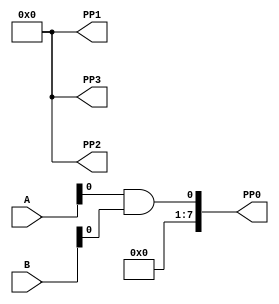
module shift_zero_padding(A,B,PP0,PP1,PP2,PP3);
    
    input [3:0]A;
    input [3:0]B;
    output[7:0] PP0;
    output[7:0] PP1;
    output[7:0] PP2;
    output[7:0] PP3;
    wire [3:0] and_out;
    assign and_out[0] = A & B[0];
    assign and_out[1] = A & B[1];
    assign and_out[2] = A & B[2];
    assign and_out[3] = A & B[3];
    //wire [3:0] to_eight_bits;
    
  //  AND_gates and0 (.A(a),.B(b[0]),.and_out(to_eight_bits[0]));
    
    assign PP0 = {0,0,0,0,and_out[0]};
    assign PP1 = {0,0,and_out[1],0};
    assign PP2 = {0,and_out[2],0,0};
    assign PP3 = {and_out[3],0,0,0};
    
endmodule